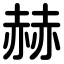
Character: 赫